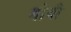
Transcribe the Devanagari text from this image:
बोबी